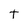
Character: t